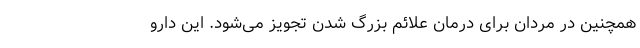
همچنین در مردان برای درمان علائم بزرگ شدن تجویز می‌شود. این دارو